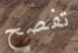
تفصح